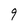
Character: 9